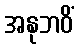
အနုဘဝိံ